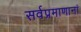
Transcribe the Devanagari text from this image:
सर्वप्रमाणानां